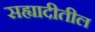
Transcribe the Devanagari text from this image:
सह्यादीतील